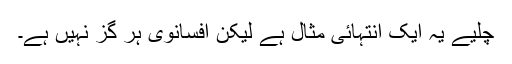
چلیے یہ ایک انتہائی مثال ہے لیکن افسانوی ہر گز نہیں ہے۔